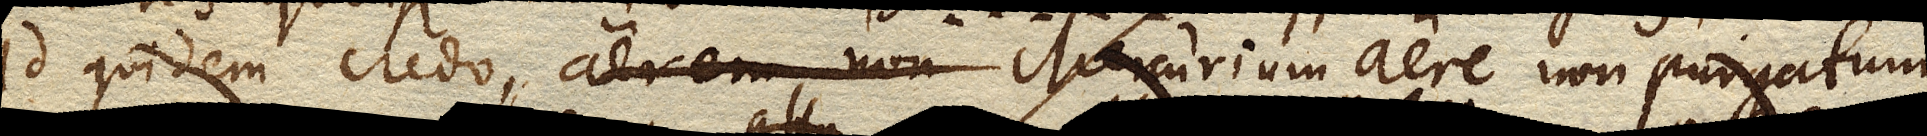
id quidem credo, aerem non Mercurium aere non purgatum